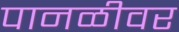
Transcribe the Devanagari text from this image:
पानळीवर